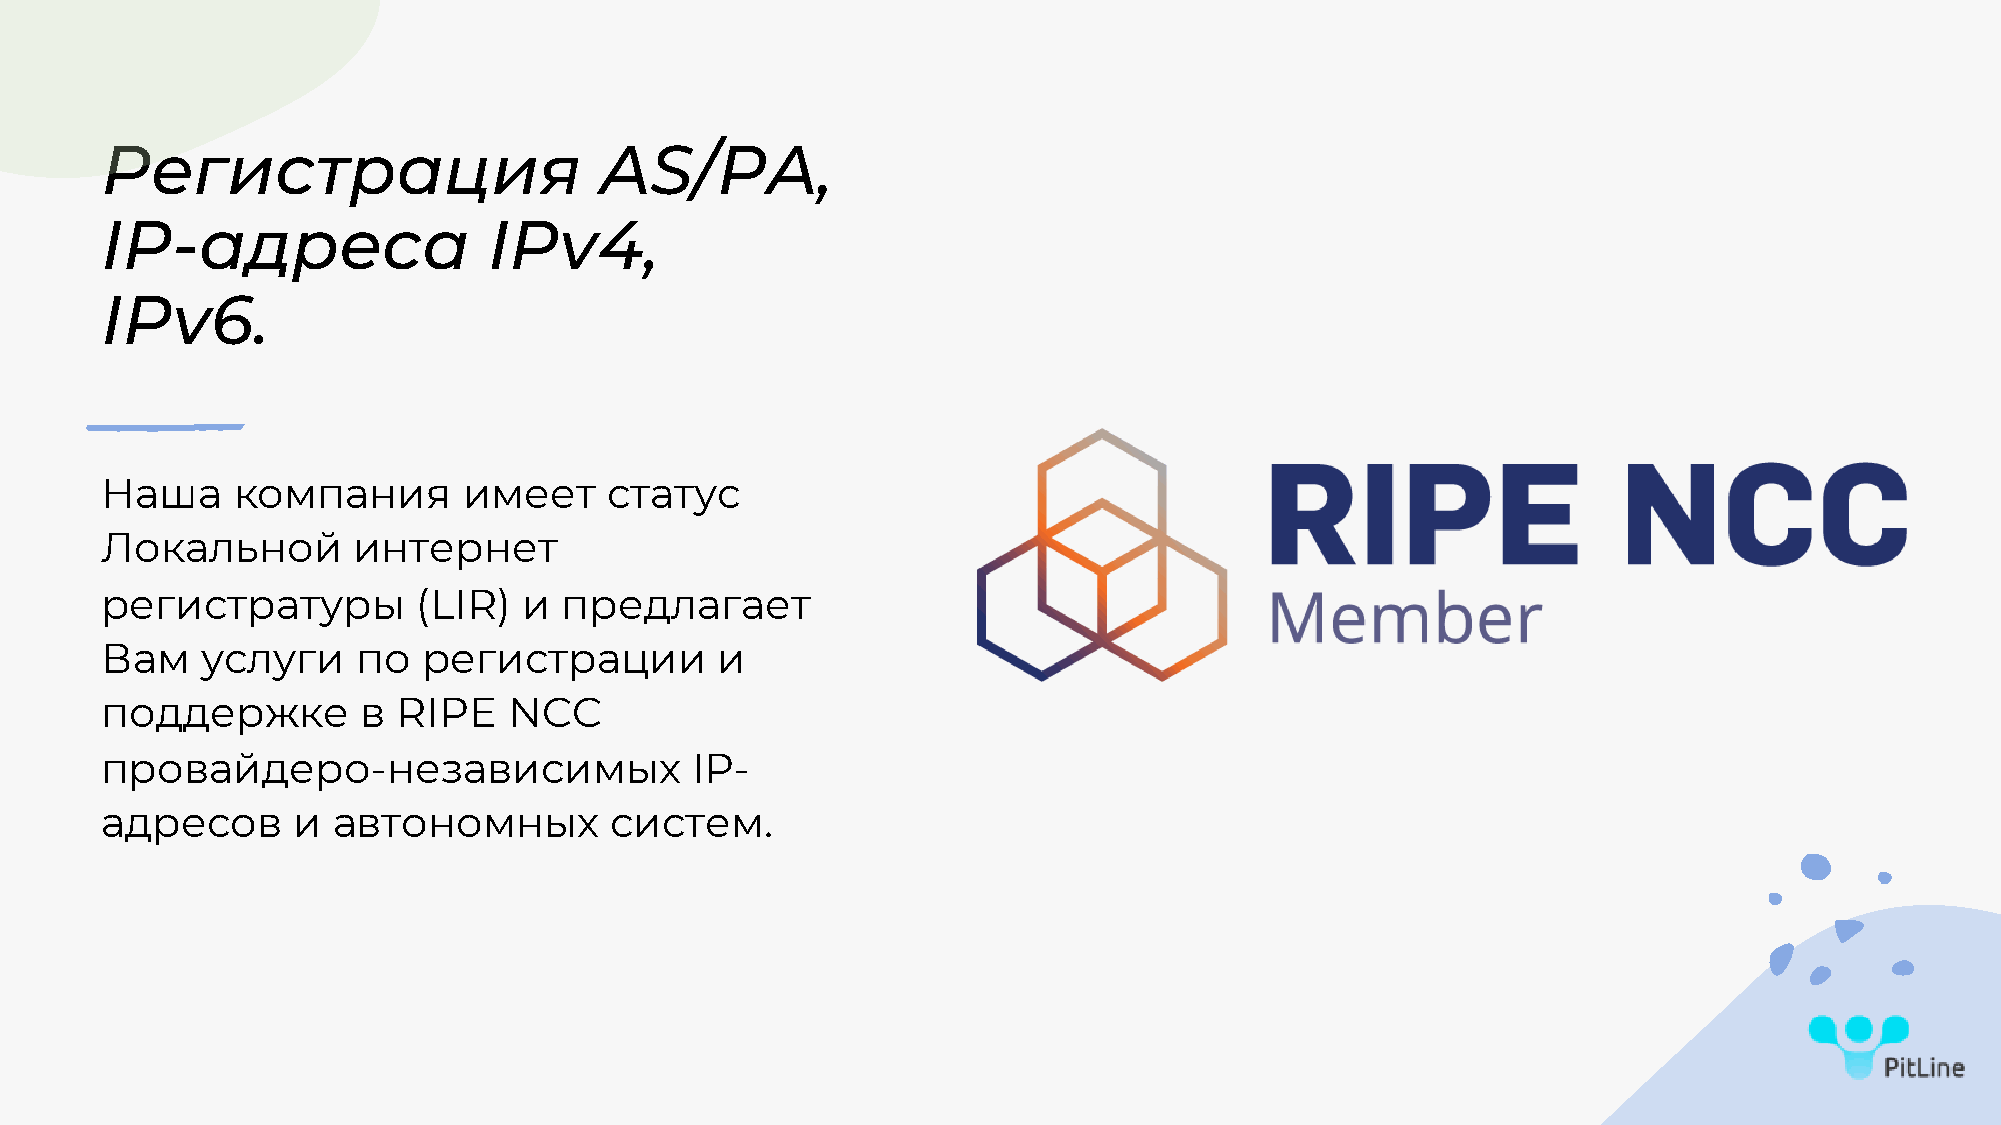
Регистрация                      AS/PA,
 IP-адреса                IPv4,
 IPv6.
 Наша    компания        имеет    статус
 Локальной       интернет
 регистратуры         (LIR)  и предлагает
 Вам   услуги     по  регистрации        и
 поддержке        в RIPE    NCC
 провайдеро-независимых                 IP-
 адресов     и  автономных        систем.